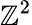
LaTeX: \mathbb{Z}^{2}